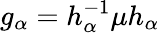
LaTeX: g_{\alpha}=h_{\alpha}^{-1}\mu h_{\alpha}